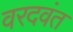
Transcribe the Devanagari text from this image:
वरदवंत